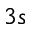
3 s